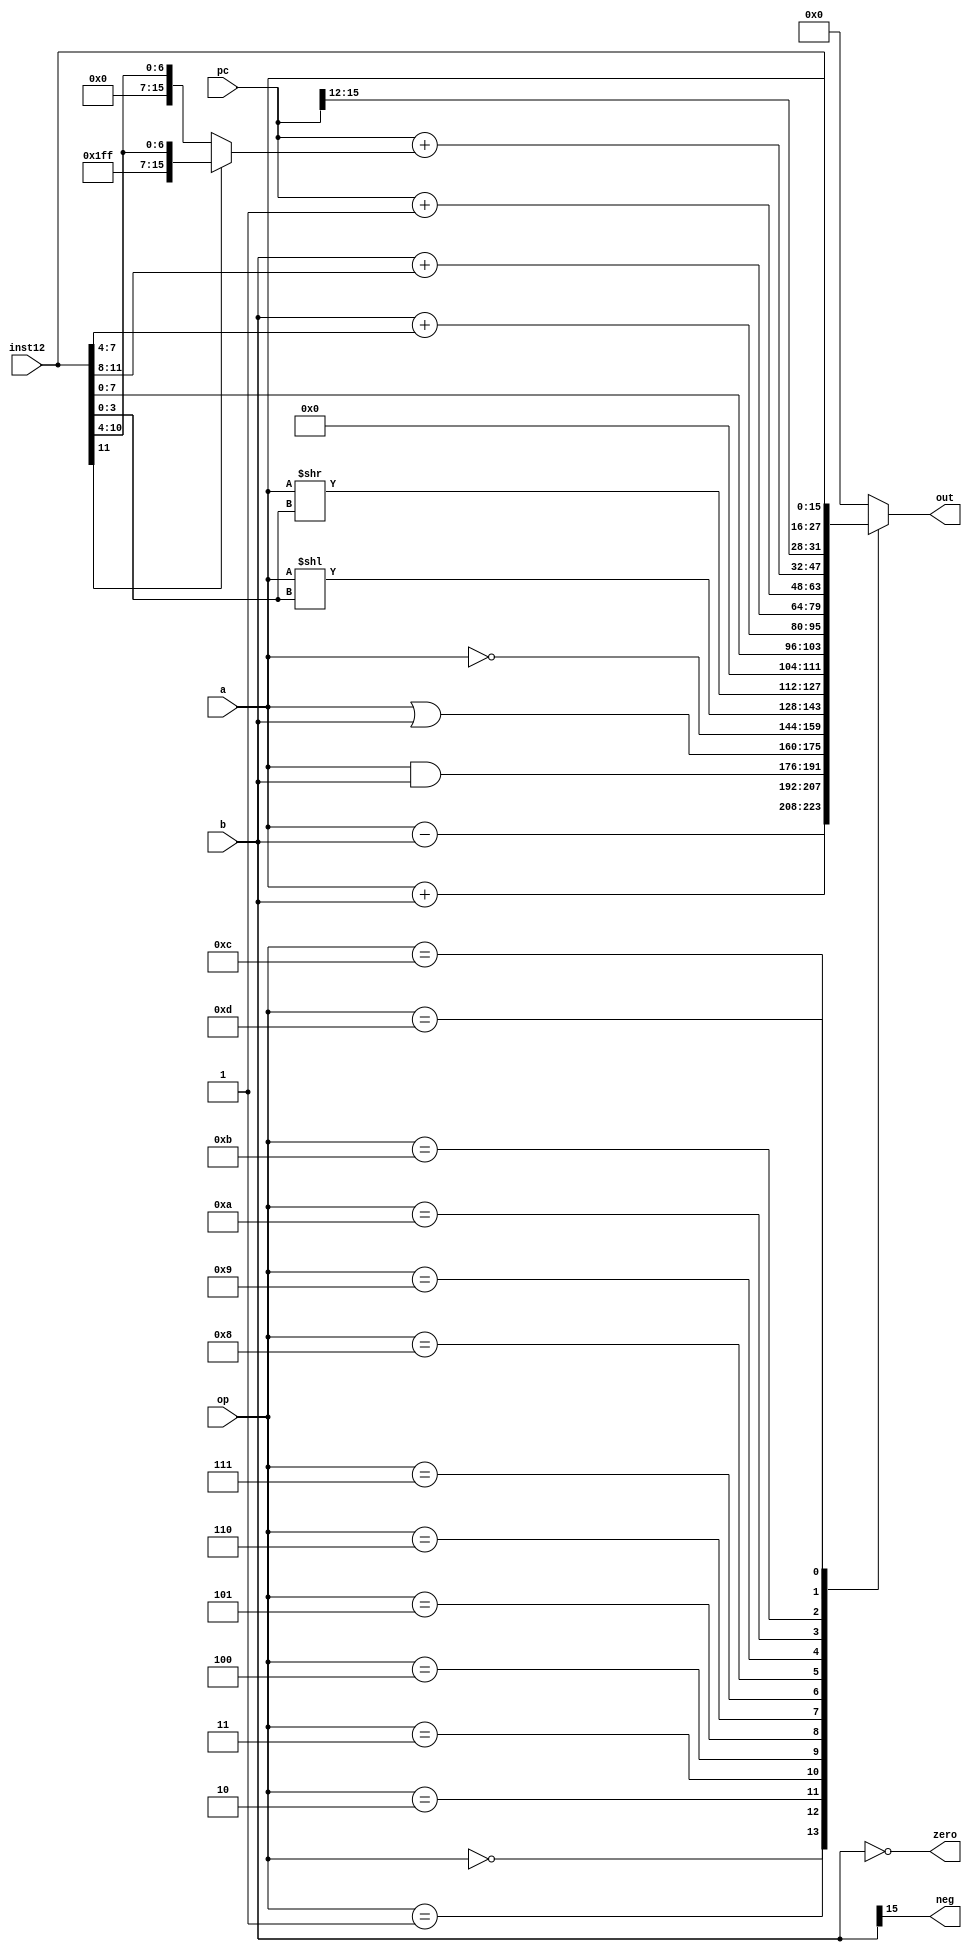
module alu (
   input      [15:0] a,
   input      [15:0] b,
   input      [3:0]  op,
   input      [11:0] inst12,
   input      [15:0] pc,
   output reg [15:0] out,
   output            neg,
   output            zero
   );

   wire [7:0]  imm         = inst12[7:0];
   wire [7:0]  disp        = inst12[11:4];
   wire [3:0]  shamt       = inst12[3:0];
   wire [3:0]  offset_ld   = inst12[7:4];
   wire [3:0]  offset_st   = inst12[11:8];
   
   assign neg              = b[15];
   assign zero             = b == 0;
   
   always @(*)
      case (op)
         0:  out = a + b;
         1:  out = a - b;
         2:  out = a & b;
         3:  out = a | b;
         4:  out = ~a;
         5:  out = a << shamt;
         6:  out = a >> shamt;
         7:  out = {8'h00, imm};
         8:  out = b + {8'd0, offset_ld};                              // ld
         9:  out = b + {8'd0, offset_st};                              // st
         10: out = pc + 1;                                             // continue
         11: out =  pc + ( disp[7] ? {8'hff, disp} : {8'h00, disp} );  // take branch
         12: out = {pc[15:12], inst12};                                // jump target
         13: out = a;                                                  // jr
         default: out = 0;
      endcase
   
endmodule